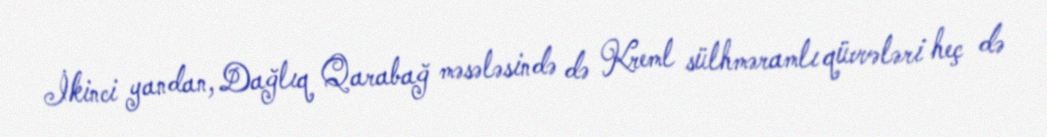
İkinci yandan, Dağlıq Qarabağ məsələsində də Kreml sülhməramlı qüvvələri heç də